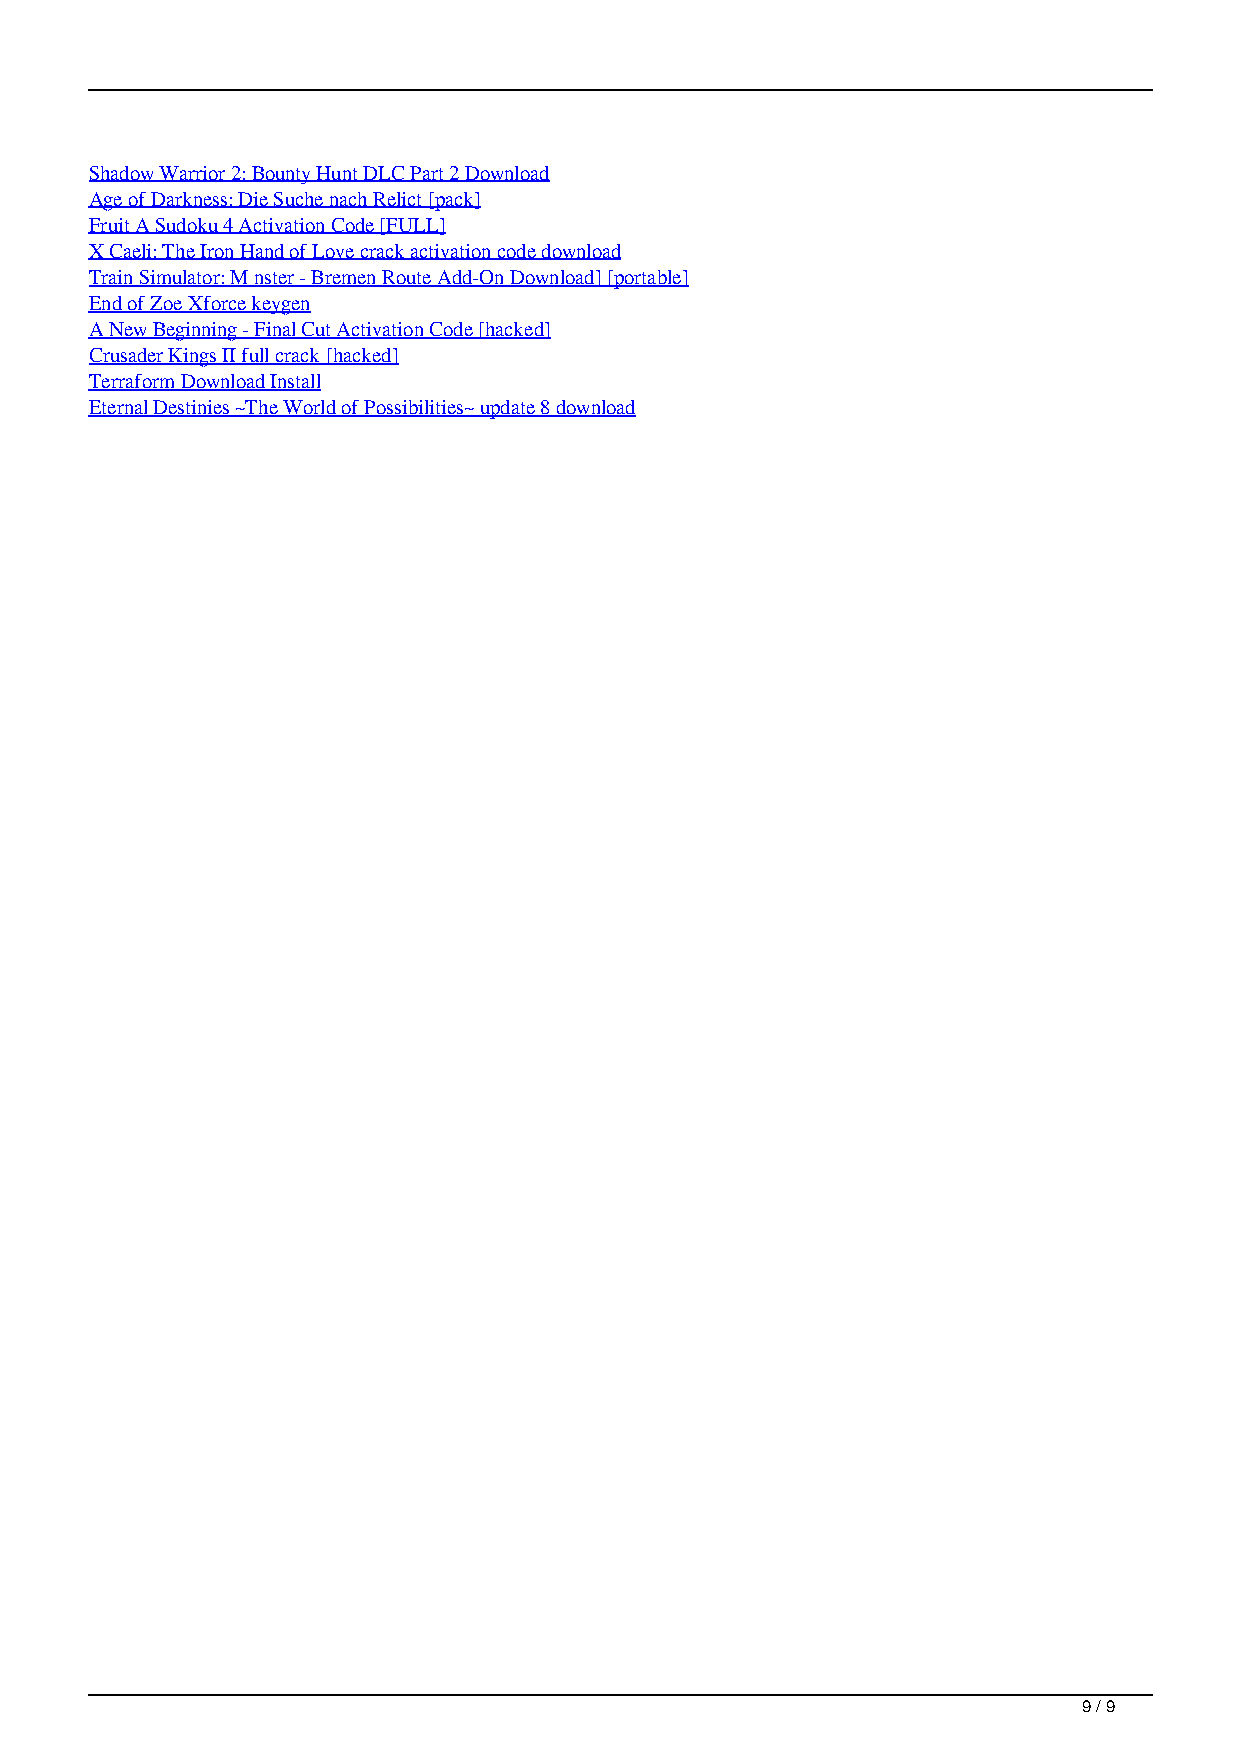
Shadow Warrior 2: Bounty Hunt DLC Part 2 Download
 Age of Darkness: Die Suche nach Relict [pack]
 Fruit A Sudoku 4 Activation Code [FULL]
 X Caeli: The Iron Hand of Love crack activation code download
 Train Simulator: M nster - Bremen Route Add-On Download] [portable]
 End of Zoe Xforce keygen
 A New Beginning - Final Cut Activation Code [hacked]
 Crusader Kings II full crack [hacked]
 Terraform Download Install
 Eternal Destinies ~The World of Possibilities~ update 8 download
 9 / 9
 Raelynn Awesomenauts Character Free Download Keygen